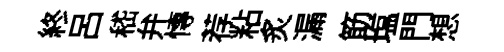
終吕嵇弁慱荐粘炙漏筯塩門想